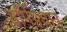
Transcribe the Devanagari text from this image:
उर्मिप्रधान